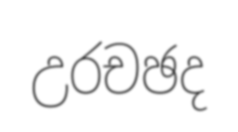
උරචඡද